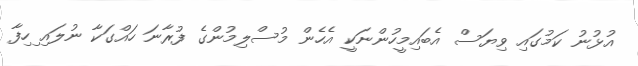
އުޅުނު ކަމުގައި ވިޔަސް އެބައިމީހުންނަކީ އެހެން މުސްލިމުންގެ ފުރާނަ ހައްގަކާ ނުލައި ިހިފާ